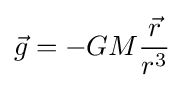
{\vec {g}}=-GM{\frac {\vec {r}}{r^{3}}}